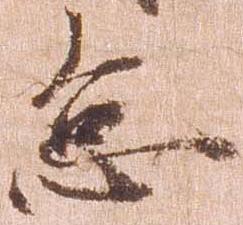
怠